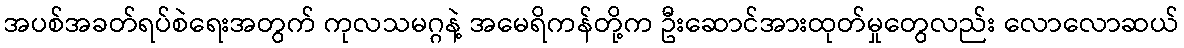
အပစ်အခတ်ရပ်စဲရေးအတွက် ကုလသမဂ္ဂနဲ့ အမေရိကန်တို့က ဦးဆောင်အားထုတ်မှုတွေလည်း လောလောဆယ်